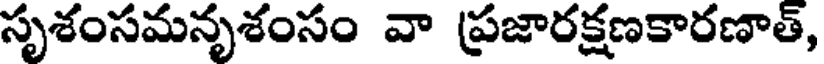
సృశంసమనృశంసం వా ప్రజారక్షణకారణాత్,